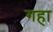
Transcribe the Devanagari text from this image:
गहा